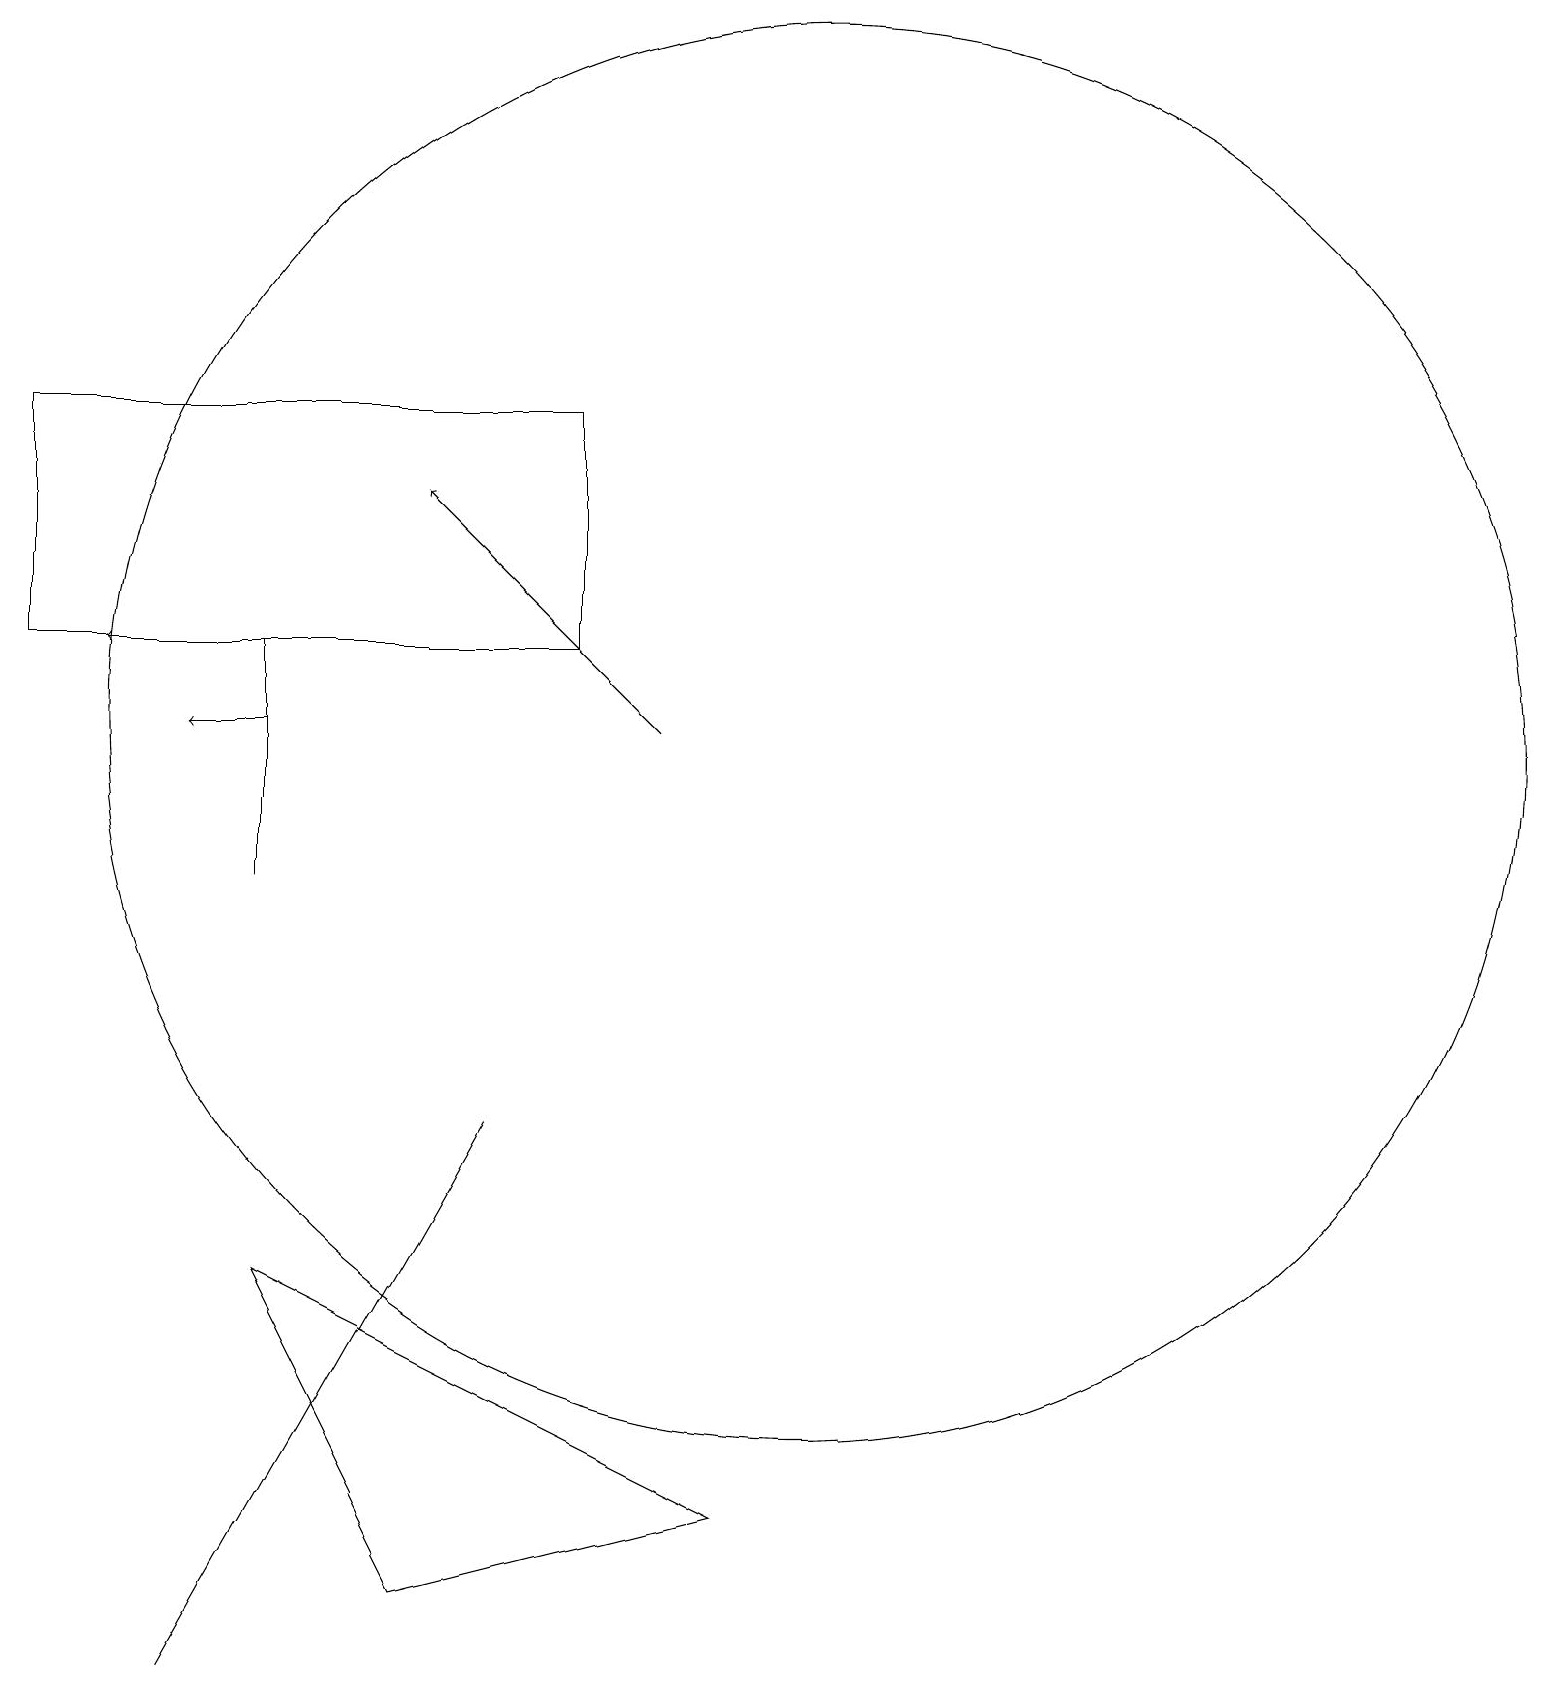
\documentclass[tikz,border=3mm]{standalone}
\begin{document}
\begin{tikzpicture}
\draw (10,12) circle (9);
\draw (3,10) rectangle (3,13);
\draw (6,7) -- (2,0) -- (6,7) -- cycle;
\draw[->] (5,13) -- (1,13);
\draw[->] (8,12) -- (5,15);
\draw (0,13) rectangle (7,16);
\draw (9,2) -- (5,1) -- (3,5) -- cycle;
\draw[->] (3,12) -- (2,12);
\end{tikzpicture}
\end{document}